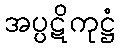
အပ္ပဋိကုဋ္ဌံ